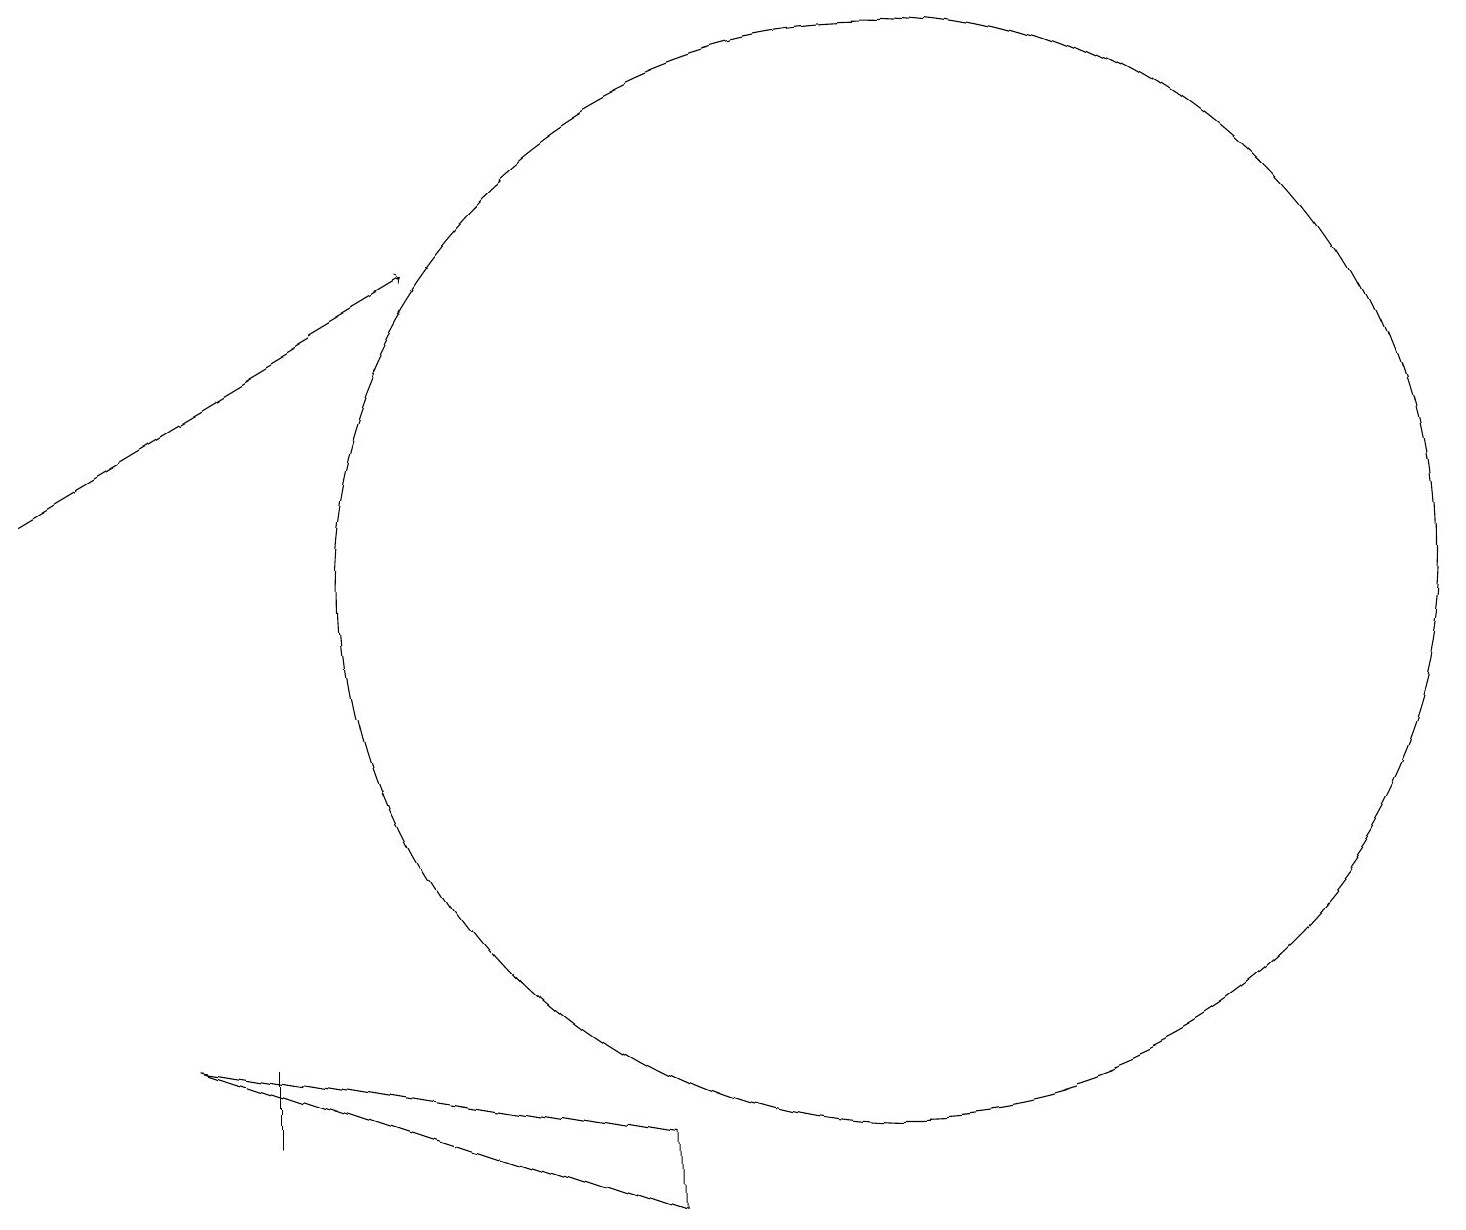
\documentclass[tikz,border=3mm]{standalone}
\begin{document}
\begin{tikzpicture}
\draw (3,5) -- (3,5) -- (3,6) -- cycle;
\draw[->] (0,13) -- (5,16);
\draw (11,12) circle (7);
\draw (8,4) -- (2,6) -- (8,5) -- cycle;
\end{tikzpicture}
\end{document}